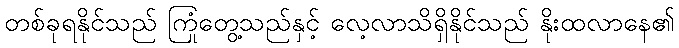
တစ်ခုရနိုင်သည် ကြုံတွေ့သည်နှင့် လေ့လာသိရှိနိုင်သည် နိုးထလာနေ၏